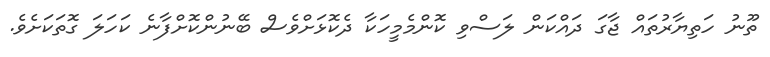
ތޫނު ހަތިޔާރުތައް ޖާގަ ދައްކަން ލަސްވި ކޮންމެމީހަކާ ދެކޮޅަށްވެސް ބޭނުންކޮށްފާނެ ކަހަލަ ގޮތަކަށެވެ.